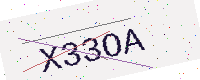
Text: X33OA